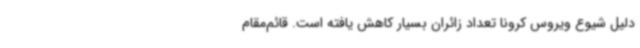
دلیل شیوع ویروس کرونا تعداد زائران بسیار کاهش یافته است. قائم‌مقام